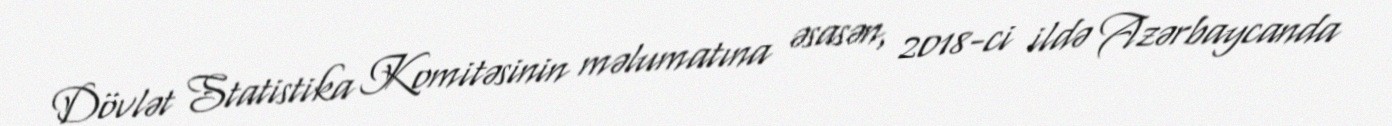
Dövlət Statistika Komitəsinin məlumatına əsasən, 2018-ci ildə Azərbaycanda